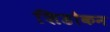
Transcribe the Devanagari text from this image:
शिडोकन